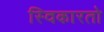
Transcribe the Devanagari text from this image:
स्विकारतो